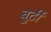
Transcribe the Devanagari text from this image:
बुर्टी